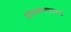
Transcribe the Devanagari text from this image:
अंथरूणालाच